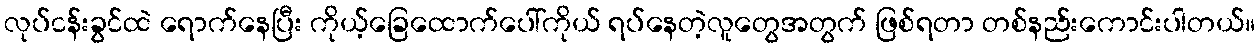
လုပ်ငန်းခွင်ထဲ ရောက်နေပြီး ကိုယ့်ခြေထောက်ပေါ်ကိုယ် ရပ်နေတဲ့လူတွေအတွက် ဖြစ်ရတာ တစ်နည်းကောင်းပါတယ်။